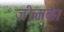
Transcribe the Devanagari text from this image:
जीलाका